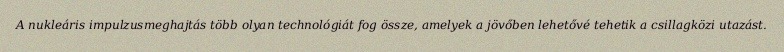
A nukleáris impulzusmeghajtás több olyan technológiát fog össze, amelyek a jövőben lehetővé tehetik a csillagközi utazást.